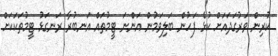
ކުރިން ވަރުގަދައަށް ކުޅެ ފަހުން ބަލިވަމުން އަންނަ ޓީމުތައް އަނބުރާ ރަނގަޅު ޓީމުތަކަކަށް